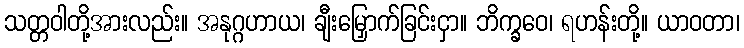
သတ္တဝါတို့အားလည်း။ အနုဂ္ဂဟာယ၊ ချီးမြှောက်ခြင်းငှာ။ ဘိက္ခဝေ၊ ရဟန်းတို့။ ယာဝတာ၊